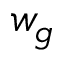
w _ { g }